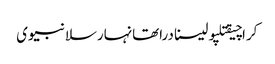
کراچیقتلپولیسنادراتھانہارسلانبیوی